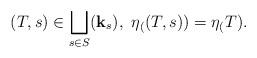
LaTeX: \begin{align*} (T,s) \in \bigsqcup_{s \in S} (\mathbf{k}_s),\,\, \eta_((T,s)) = \eta_(T).\end{align*}